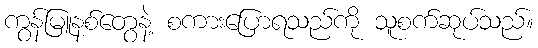
ကွန်မြူနစ်တွေနဲ့ စကားပြောရသည်ကို သူစက်ဆုပ်သည်။